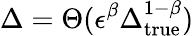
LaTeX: \Delta=\Theta(\epsilon^{\beta}\Delta_{\mathrm{true}}^{1-\beta})